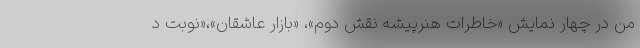
من در چهار نمایش «خاطرات هنرپیشه نقش دوم»، «بازار عاشقان»،«نوبت د